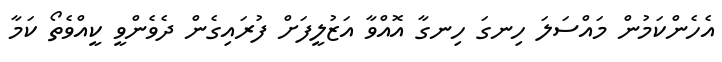
އެހެންކަމުން މައްސަލަ ހިނގަ ހިނގާ އޮއްވާ އަޒުލީފަށް ފުރައިގެން ދެވެންވީ ކީއްވެތޯ ކަމާ